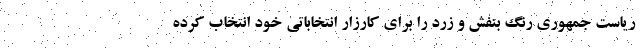
ریاست جمهوری رنگ بنفش و زرد را برای کارزار انتخاباتی خود انتخاب کرده